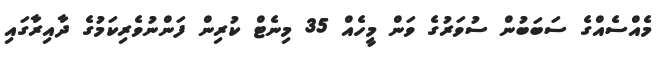
މެއްސެއްގެ ސަބަބުން ސުވަރުގެ ވަން މީހެއް 35 މިނެޓް ކުރިން ފަންނުވެރިކަމުގެ ދާއިރާގައި